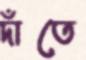
দাঁতে